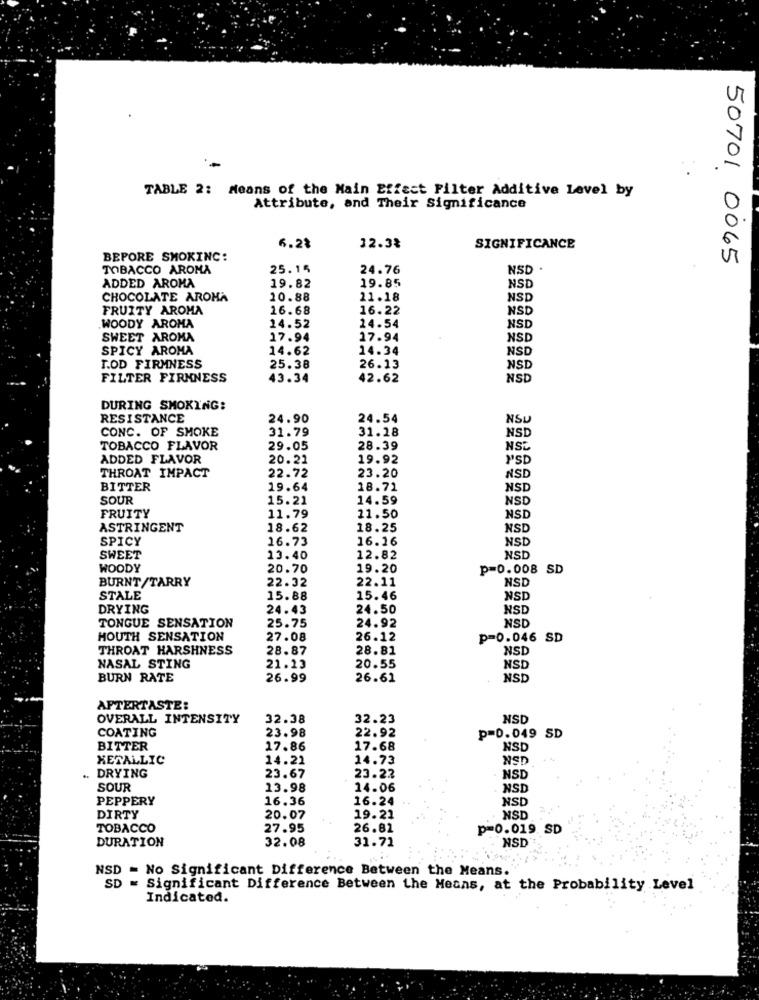
TABLE 2: Means of the Main Effect Filter Additive Level by
Attribute, and Their Significance
6.28
12.3%
SIGNIFICANCE
BEPORE SMOKING:
50701 0065
TOBACCO AROMA
25.15
24.76
NSD
ADDED AROMA
19.85
19.82
NSD
CHOCOLATE AROMA
10.88
21.18
NSD
FRUITY AROMA
16.68
16.22
NSD
WOODY AROMA
14.52
24.54
NSD
SWEET AROMA
17.94
17.94
NSD
SPICY AROMA
14.62
14.34
NSD
T.OD FIRMNESS
25.38
26.13
NSD
FILTER FIRMNESS
43.34
42.62
NSD
DURING SMOKING:
RESISTANCE
24.90
24.54
NSU
CONC. OF SMOKE
31.79
31.18
NSD
TOBACCO FLAVOR
29.05
28.39
NS
ADDED FLAVOR
20.21
19.92
"SD
22.72
23.20
NSD
THROAT IMPACT
BITTER
19.64
18.71
NSD
SOUR
15.21
14.59
NSD
11.50
FRUITY
11.79
NSD
ASTRINGENT
18.62
18.25
NSD
SPICY
16.73
16.16
NSD
SWEET
13.40
12.82
NS
WOODY
20.70
19.20
p=0.008 SD
BURNT/TARRY
22.32
22.11
NSD
STALE
15.88
15.46
NSD
DRYING
24.43
24.50
NSD
TONGUE SENSATION
25.75
NSD
24.92
HOUTH SENSATION
27.08
26.12
p=0.046 SD
THROAT HARSHNESS
28.87
28.81
NSD
NASAL STING
21.13
20.55
NSD
BURN RATE
26.99
26.61
NS
AFTERTASTE:
OVERALL INTENSITY
32.38
32.23
NSD
COATING
23.98
22.92
p=0.049 SD
BITTER
17.86
17.68
NSD
METALLIC
14.22
14.73
NSD
.. DRYING
23.67
23.22
NSD
SOUR
13.98
14.06
NSD
PEPPERY
16.36
16.24
NSD
DIRTY
20.07
19.21
NSD
TOBACCO
27.95
26.82
p=0.019. SD
DURATION
32.08
31.71
NSD
NSD = No Significant Difference Between the Means.
SD = Significant Difference Between the Means, at the Probability Level
Indicated.